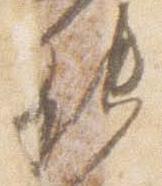
能